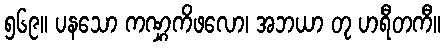
၅၆၉။ ပနသော ကဏ္ဋကိဖလော၊ အဘယာ တု ဟရီတကီ။